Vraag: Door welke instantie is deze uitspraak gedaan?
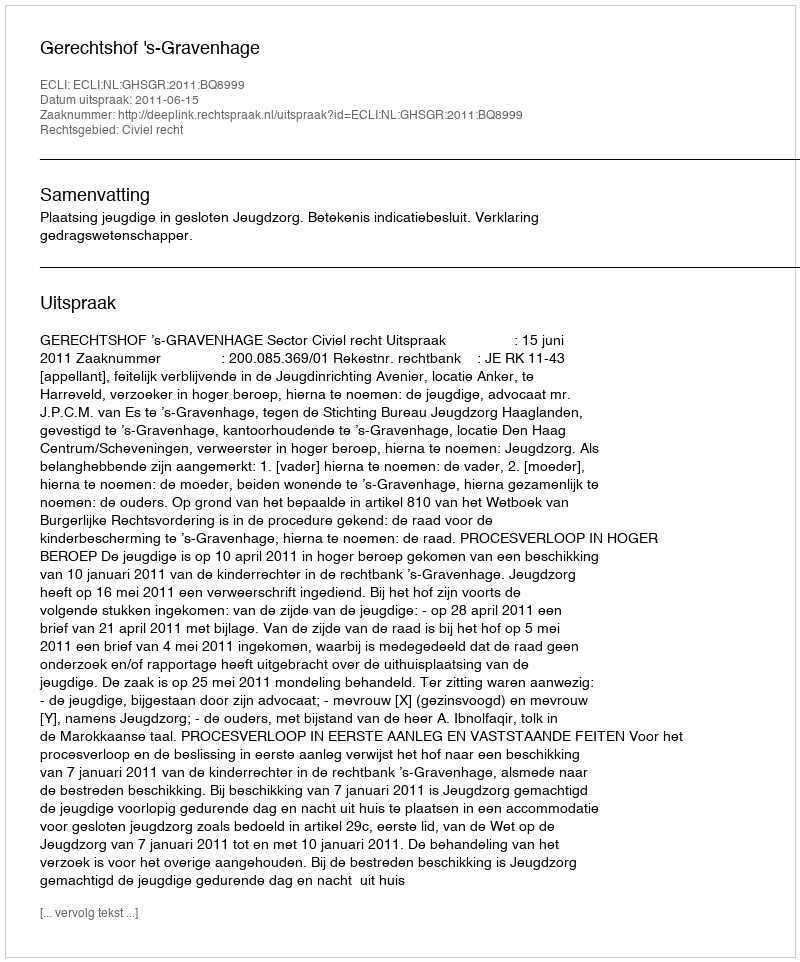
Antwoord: Gerechtshof 's-Gravenhage